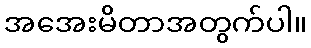
အအေးမိတာအတွက်ပါ။